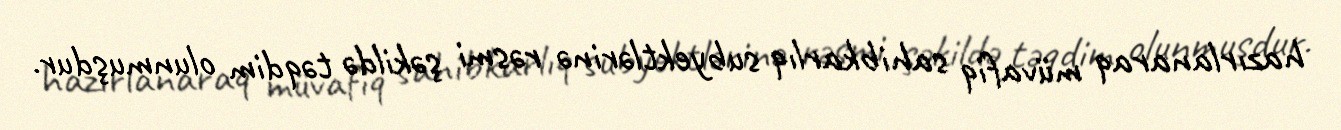
hazırlanaraq müvafiq sahibkarlıq subyektlərinə rəsmi şəkildə təqdim olunmuşdur.